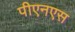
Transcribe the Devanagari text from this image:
पीएनएस